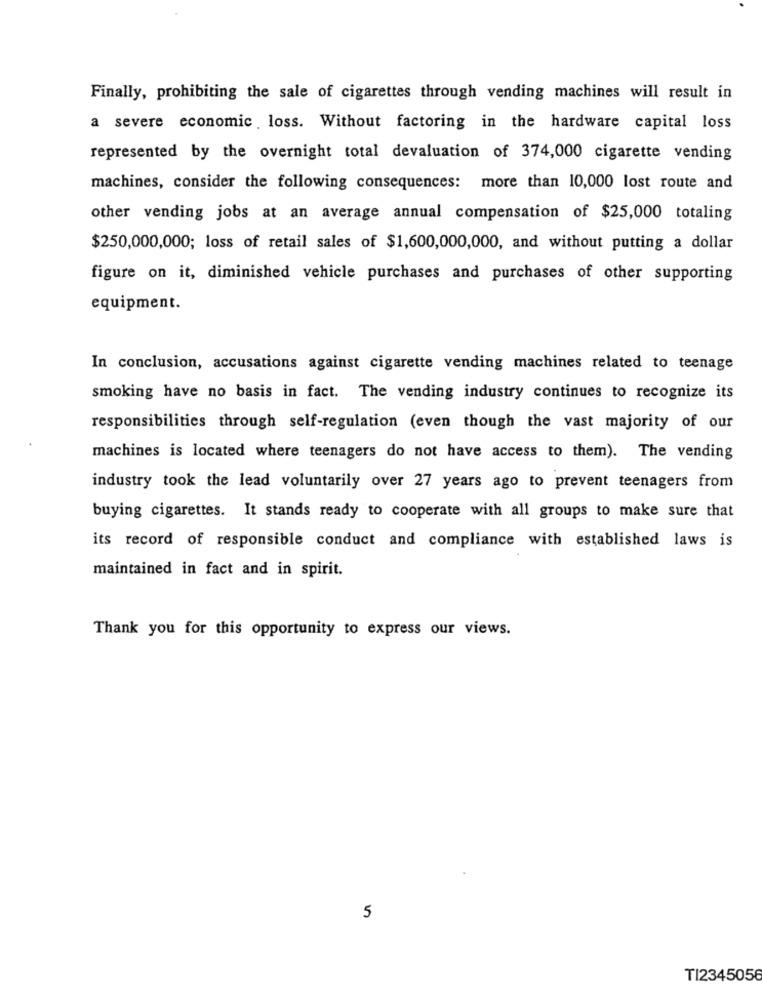
Finally, prohibiting the sale of cigarettes through vending machines will result in
a severe economic loss. Without factoring in the hardware capital loss
represented by the overnight total devaluation of 374,000 cigarette vending
machines, consider the following consequences: more than 10,000 lost route and
other vending jobs at an average annual compensation of $25,000 totaling
$250,000,000; loss of retail sales of $1,600,000,000, and without putting a dollar
figure on it, diminished vehicle purchases and purchases of other supporting
equipment.
In conclusion, accusations against cigarette vending machines related to teenage
smoking have no basis in fact. The vending industry continues to recognize its
responsibilities through self-regulation (even though the vast majority of our
machines is located where teenagers do not have access to them). The vending
industry took the lead voluntarily over 27 years ago to prevent teenagers from
buying cigarettes. It stands ready to cooperate with all groups to make sure that
its record of responsible conduct and compliance with established laws is
maintained in fact and in spirit.
Thank you for this opportunity to express our views.
5
TI2345056